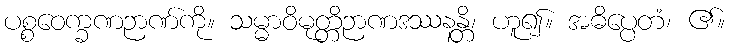
ပစ္စဝေက္ခဏဉာဏ်ကို။ သမ္မာဝိမုတ္တိဉာဏဒဿနန္တိ၊ ဟူ၍။ အဓိပ္ပေတံ၊ ၏။